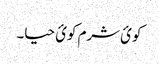
کوئ شرم کوئ حیا۔